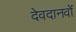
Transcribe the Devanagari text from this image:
देवदानवों